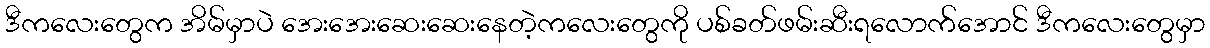
ဒီကလေးတွေက အိမ်မှာပဲ အေးအေးဆေးဆေးနေတဲ့ကလေးတွေကို ပစ်ခတ်ဖမ်းဆီးရလောက်အောင် ဒီကလေးတွေမှာ